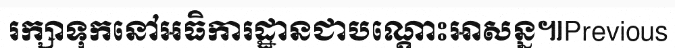
រក្សាទុកនៅអធិការដ្ឋានជាបណ្តោះអាសន្ន៕Previous